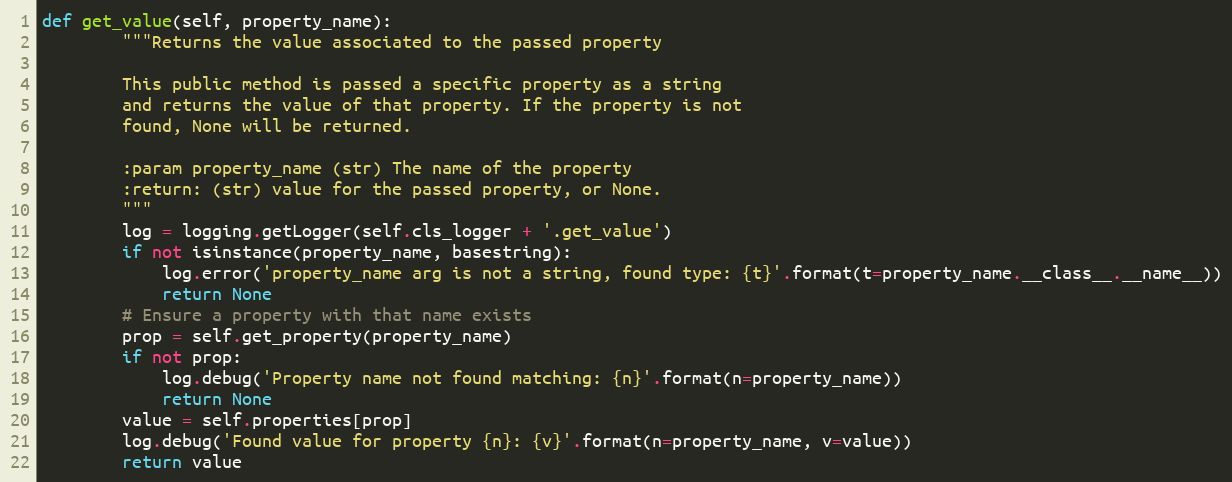
Language: Python
def get_value(self, property_name):
        """Returns the value associated to the passed property

        This public method is passed a specific property as a string
        and returns the value of that property. If the property is not
        found, None will be returned.

        :param property_name (str) The name of the property
        :return: (str) value for the passed property, or None.
        """
        log = logging.getLogger(self.cls_logger + '.get_value')
        if not isinstance(property_name, basestring):
            log.error('property_name arg is not a string, found type: {t}'.format(t=property_name.__class__.__name__))
            return None
        # Ensure a property with that name exists
        prop = self.get_property(property_name)
        if not prop:
            log.debug('Property name not found matching: {n}'.format(n=property_name))
            return None
        value = self.properties[prop]
        log.debug('Found value for property {n}: {v}'.format(n=property_name, v=value))
        return value